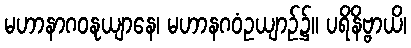
မဟာနာဂဝနုယျာနေ၊ မဟာနဂဝံဥယျာဉ်၌။ ပရိနိဗ္ဗာယိ၊